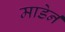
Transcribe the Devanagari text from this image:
माडेर्न